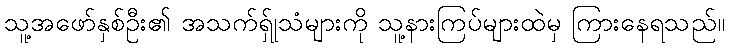
သူ့အဖော်နှစ်ဦး၏ အသက်ရ်ှုသံများကို သူ့နားကြပ်များထဲမှ ကြားနေရသည်။